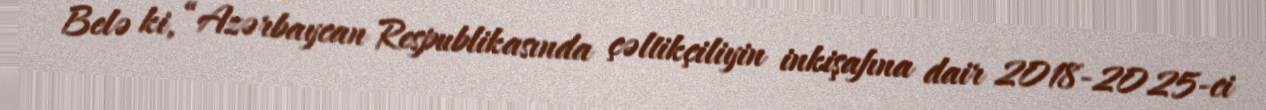
Belə ki, “Azərbaycan Respublikasında çəltikçiliyin inkişafına dair 2018-2025-ci